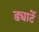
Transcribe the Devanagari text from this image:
ड्यार्टे